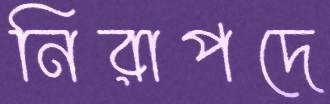
নিরাপদে